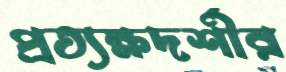
প্রত্যক্ষদর্শীর